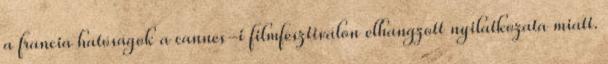
a francia hatóságok a cannes-i filmfesztiválon elhangzott nyilatkozata miatt.